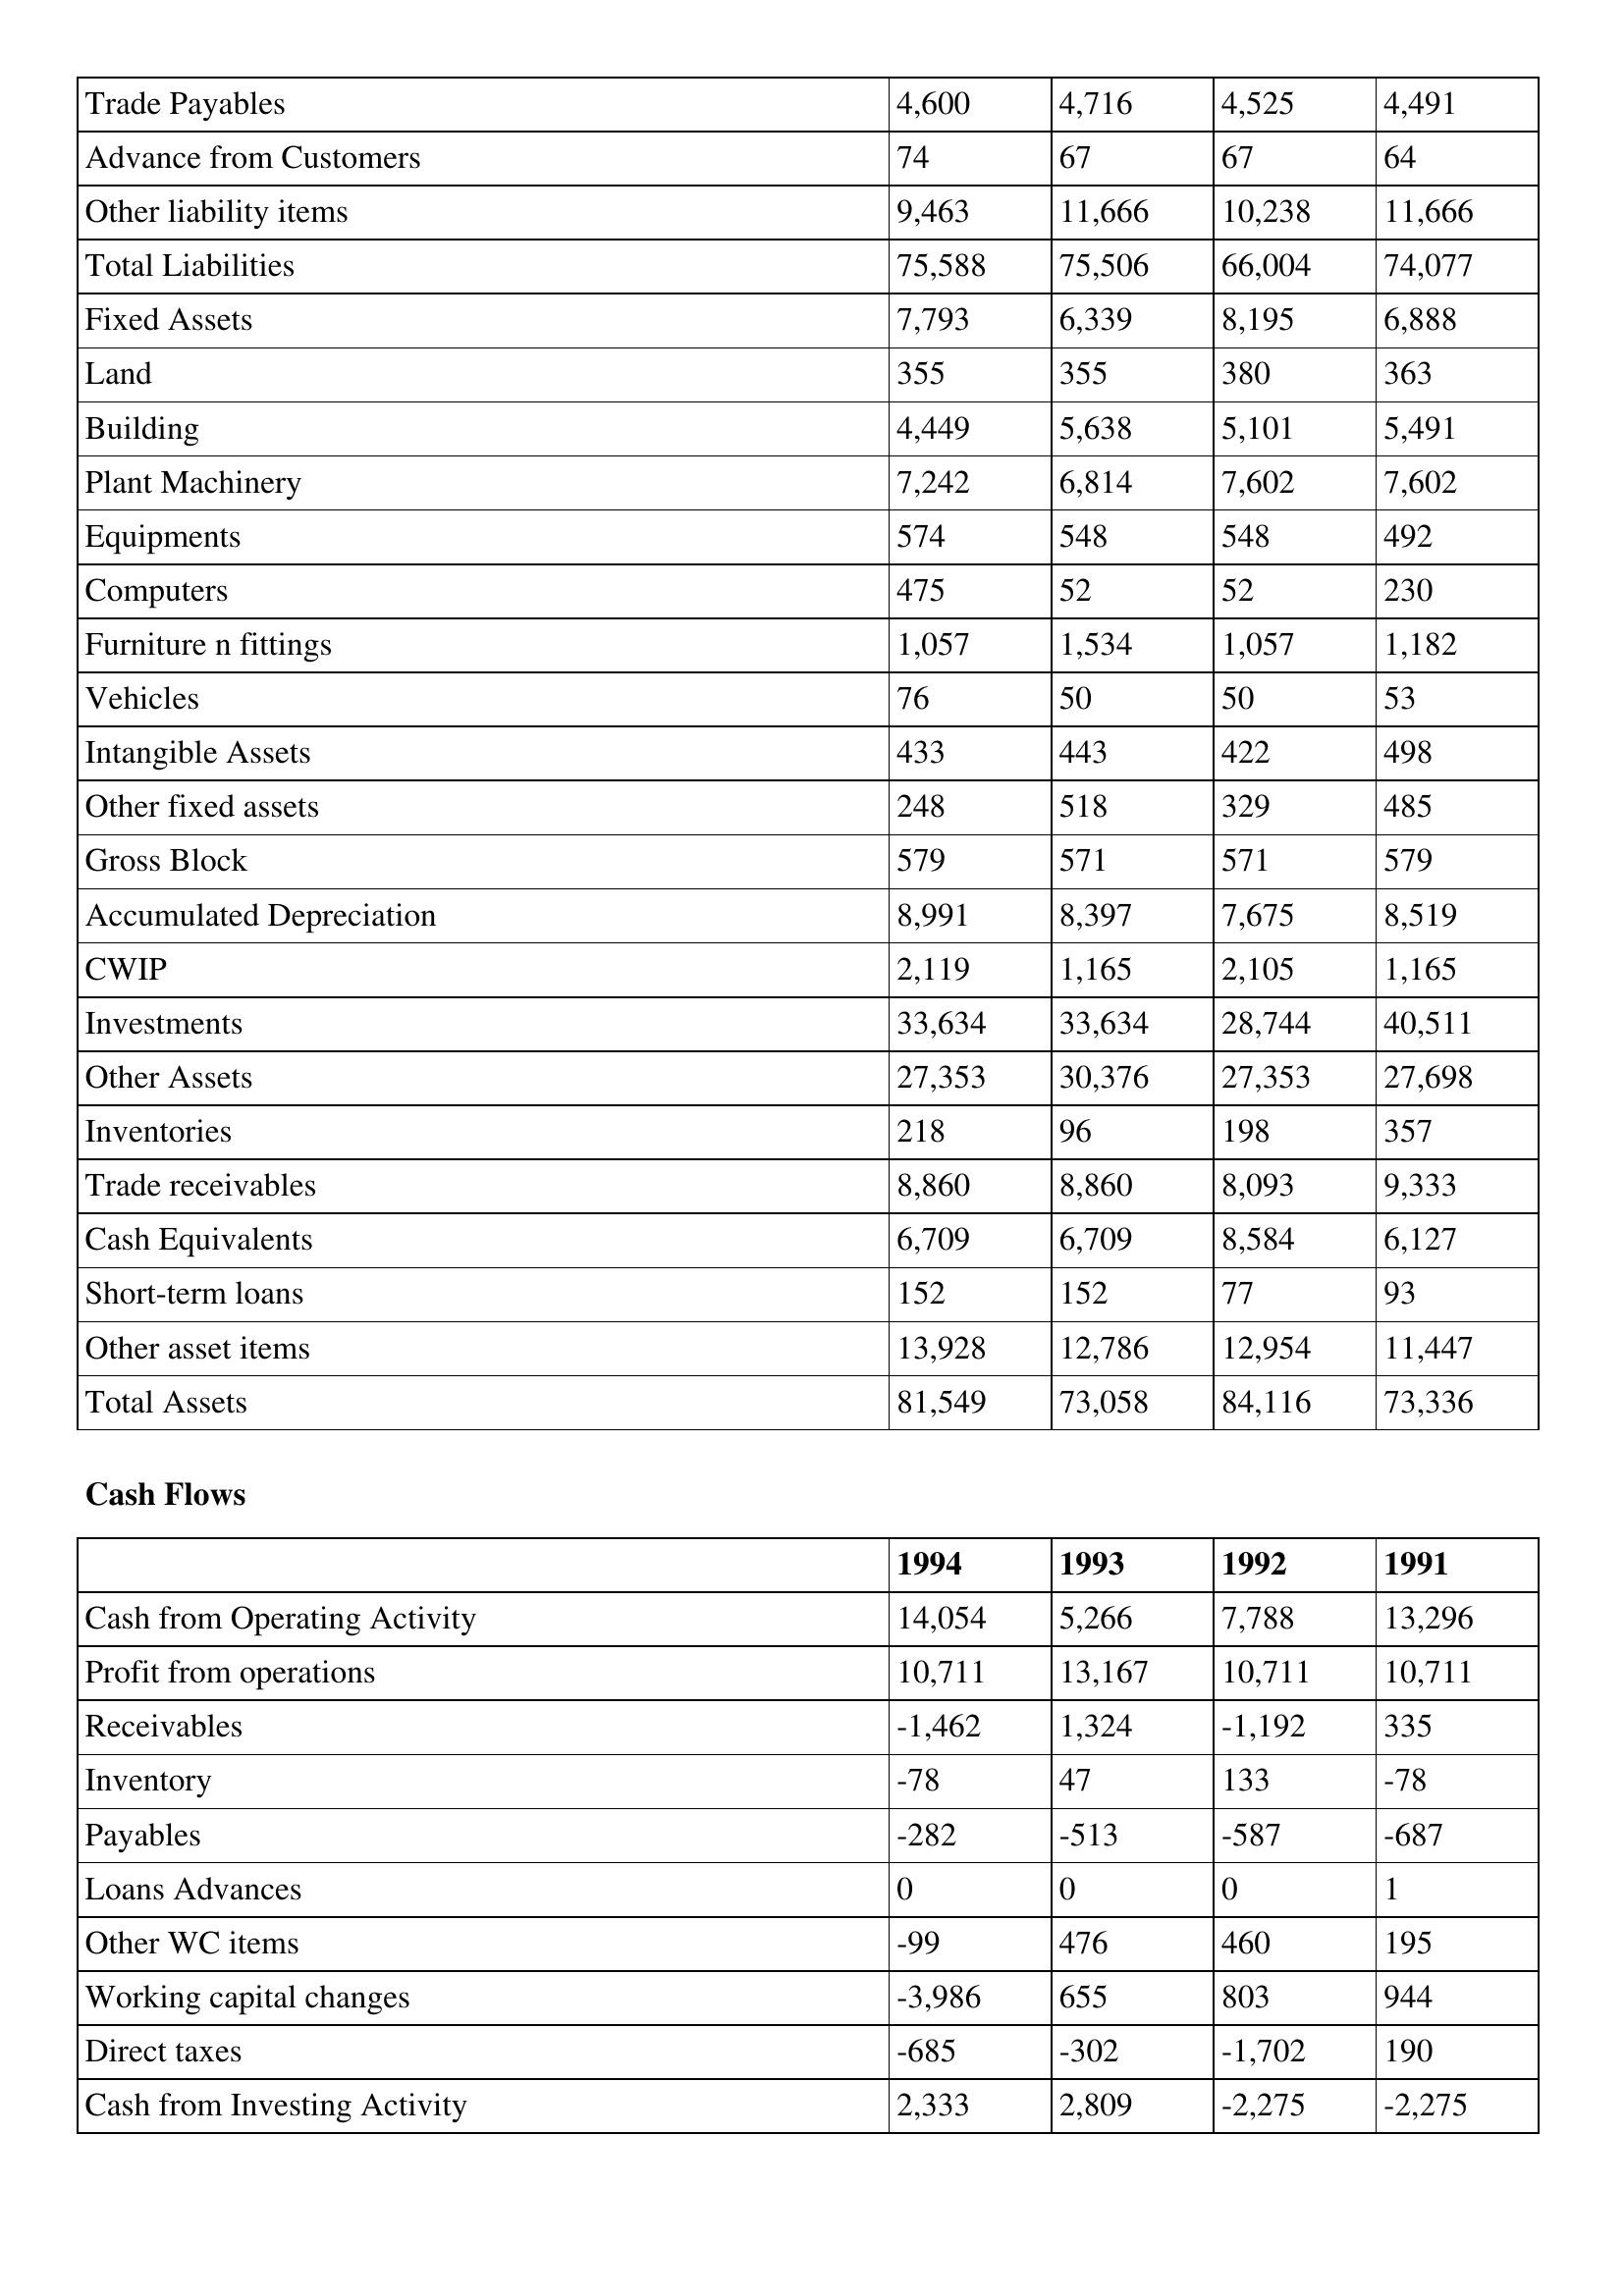
gt_parse: 1994: Balance Sheet: Trade Payables: 4,600
Advance from Customers: 74
Other liability items: 9,463
Total Liabilities: 75,588
Fixed Assets: 7,793
Land: 355
Building: 4,449
Plant Machinery: 7,242
Equipments: 574
Computers: 475
Furniture n fittings: 1,057
Vehicles: 76
Intangible Assets: 433
Other fixed assets: 248
Gross Block: 579
Accumulated Depreciation: 8,991
CWIP: 2,119
Investments: 33,634
Other Assets: 27,353
Inventories: 218
Trade receivables: 8,860
Cash Equivalents: 6,709
Short-term loans: 152
Other asset items: 13,928
Total Assets: 81,549
Cash Flows: Cash from Operating Activity: 14,054
Profit from operations: 10,711
Receivables: -1,462
Inventory: -78
Payables: -282
Loans Advances: 0
Other WC items: -99
Working capital changes: -3,986
Direct taxes: -685
Cash from Investing Activity: 2,333
1993: Balance Sheet: Trade Payables: 4,716
Advance from Customers: 67
Other liability items: 11,666
Total Liabilities: 75,506
Fixed Assets: 6,339
Land: 355
Building: 5,638
Plant Machinery: 6,814
Equipments: 548
Computers: 52
Furniture n fittings: 1,534
Vehicles: 50
Intangible Assets: 443
Other fixed assets: 518
Gross Block: 571
Accumulated Depreciation: 8,397
CWIP: 1,165
Investments: 33,634
Other Assets: 30,376
Inventories: 96
Trade receivables: 8,860
Cash Equivalents: 6,709
Short-term loans: 152
Other asset items: 12,786
Total Assets: 73,058
Cash Flows: Cash from Operating Activity: 5,266
Profit from operations: 13,167
Receivables: 1,324
Inventory: 47
Payables: -513
Loans Advances: 0
Other WC items: 476
Working capital changes: 655
Direct taxes: -302
Cash from Investing Activity: 2,809
1992: Balance Sheet: Trade Payables: 4,525
Advance from Customers: 67
Other liability items: 10,238
Total Liabilities: 66,004
Fixed Assets: 8,195
Land: 380
Building: 5,101
Plant Machinery: 7,602
Equipments: 548
Computers: 52
Furniture n fittings: 1,057
Vehicles: 50
Intangible Assets: 422
Other fixed assets: 329
Gross Block: 571
Accumulated Depreciation: 7,675
CWIP: 2,105
Investments: 28,744
Other Assets: 27,353
Inventories: 198
Trade receivables: 8,093
Cash Equivalents: 8,584
Short-term loans: 77
Other asset items: 12,954
Total Assets: 84,116
Cash Flows: Cash from Operating Activity: 7,788
Profit from operations: 10,711
Receivables: -1,192
Inventory: 133
Payables: -587
Loans Advances: 0
Other WC items: 460
Working capital changes: 803
Direct taxes: -1,702
Cash from Investing Activity: -2,275
1991: Balance Sheet: Trade Payables: 4,491
Advance from Customers: 64
Other liability items: 11,666
Total Liabilities: 74,077
Fixed Assets: 6,888
Land: 363
Building: 5,491
Plant Machinery: 7,602
Equipments: 492
Computers: 230
Furniture n fittings: 1,182
Vehicles: 53
Intangible Assets: 498
Other fixed assets: 485
Gross Block: 579
Accumulated Depreciation: 8,519
CWIP: 1,165
Investments: 40,511
Other Assets: 27,698
Inventories: 357
Trade receivables: 9,333
Cash Equivalents: 6,127
Short-term loans: 93
Other asset items: 11,447
Total Assets: 73,336
Cash Flows: Cash from Operating Activity: 13,296
Profit from operations: 10,711
Receivables: 335
Inventory: -78
Payables: -687
Loans Advances: 1
Other WC items: 195
Working capital changes: 944
Direct taxes: 190
Cash from Investing Activity: -2,275